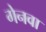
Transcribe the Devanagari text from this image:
गेनवा